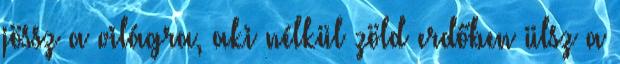
jössz a világra, aki nélkül zöld erdőben ülsz a